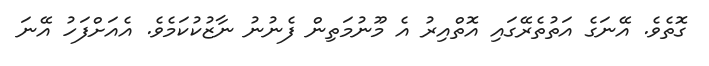
ގޮތެވެ. އޭނަގެ އަތުތެރޭގައި އޮތްއިރު އެ މޫނުމަތިން ފެނުނު ނާޒުކުކަމެވެ. އެއަށްފަހު އޭނަ